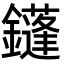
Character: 鑝